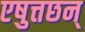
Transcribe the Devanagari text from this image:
एषुत्तछन्